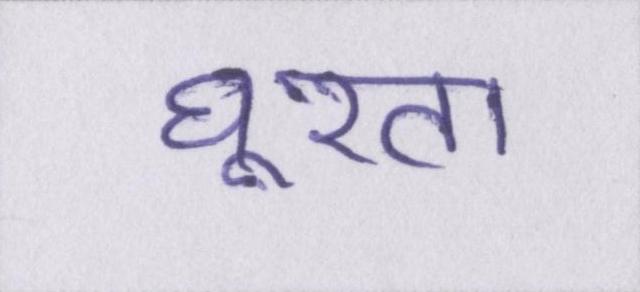
घूरता